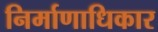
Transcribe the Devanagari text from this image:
निर्माणाधिकार